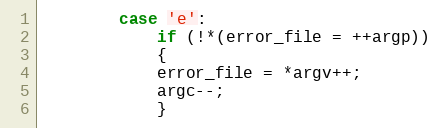
Language: C
		case 'e':
		    if (!*(error_file = ++argp))
		    {
			error_file = *argv++;
			argc--;
		    }